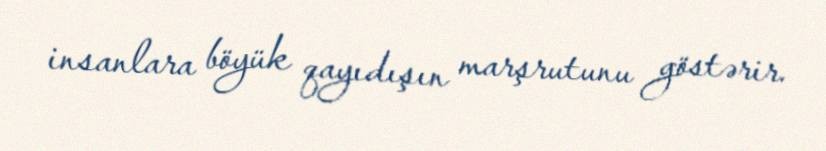
insanlara böyük qayıdışın marşrutunu göstərir.